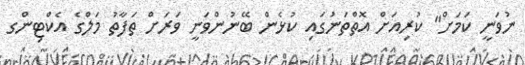
ނުވަނީ ކަމަށް" ކުރިއަށް އޮތްތަނުގައި ކުޅެން ބޭނުންވަނީ ވަރަށް ތަފާތު މަލްގެ އެކްޓިންގ